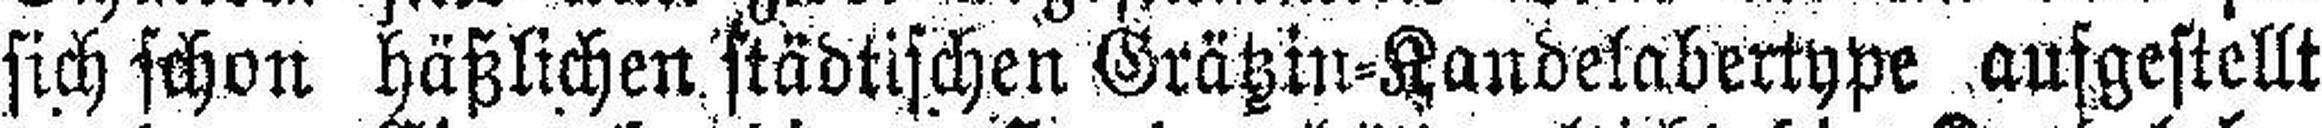
sich schon häßlichen städtischen Grätzin=Kandelabertype aufgestellt